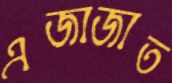
এজাজাত